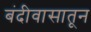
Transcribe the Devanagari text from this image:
बंदीवासातून